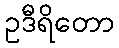
ဥဒီရိတော